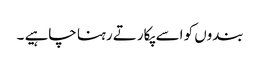
بندوں کو اسے پکارتے رہنا چاہیے ۔